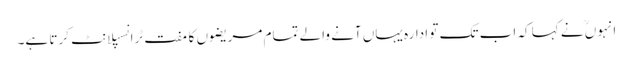
انہوںؒ نے کہا کہ اب تک تو ادارہ یہاں آنے والے تمام مریضوں کا مفت ٹرانسپلانٹ کرتا ہے۔